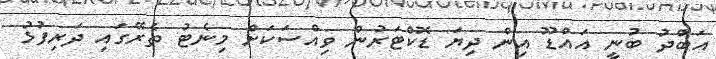
އަބްދު ބުނީ އައްޑޫ އިން ދިޔަ ޑޮކްޓަރުން ވިއްސަކަށް މިނެޓު ތެރޭގައި ދަރިފުޅު